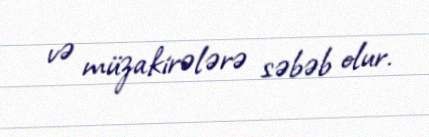
və müzakirələrə səbəb olur.